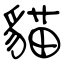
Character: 貓